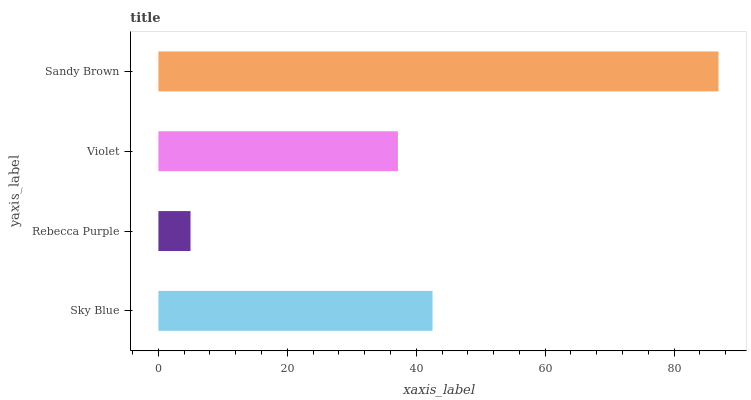
| yaxis_label | bars |
 | --- | --- |
 | Sky Blue | 42.5 |
 | Rebecca Purple | 4.98 |
 | Violet | 37.2 |
 | Sandy Brown | 86.9 |